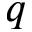
q